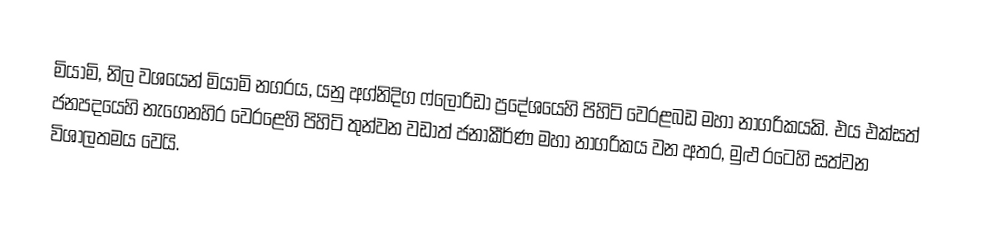
මියාමි, නිල වශයෙන් මියාමි නගරය, යනු අග්නිදිග ෆ්ලොරිඩා ප්‍රදේශ‌යෙහි පිහිටි වෙරළබඩ මහා නාගරිකයකි. එය  එක්සත් ජනපදයෙහි නැගෙනහිර වෙරළෙහි පිහිටි තුන්වන වඩාත් ජනාකීර්ණ මහා නාගරිකය වන අතර, මුළු රටෙහි සත්වන විශාලතමය වෙයි.